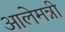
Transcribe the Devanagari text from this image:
आलेमन्नी